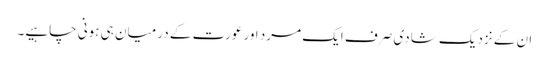
ان کے نزدیک شادی صرف ایک مرد اور عورت کے درمیان ہی ہونی چاہیے۔